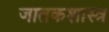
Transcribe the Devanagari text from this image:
जातकशास्त्र